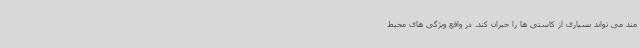
مند می تواند بسیاری از کاستی ها را جبران کند. در واقع ویژگی های محیط